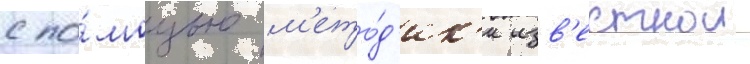
с по́мощью м'ето́д'ик'и изв'естнои